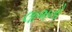
લાભનો